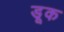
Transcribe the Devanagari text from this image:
डूक